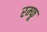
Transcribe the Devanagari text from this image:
रम्फू